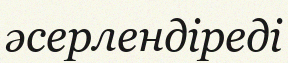
әсерлендіреді